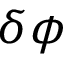
\delta { \phi }